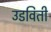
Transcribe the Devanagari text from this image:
उडविती